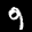
Label: 9